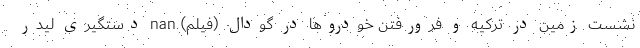
نشست زمین در ترکیه و فرورفتن خودروها در گودال (فیلم) nan دستگیری لیدر